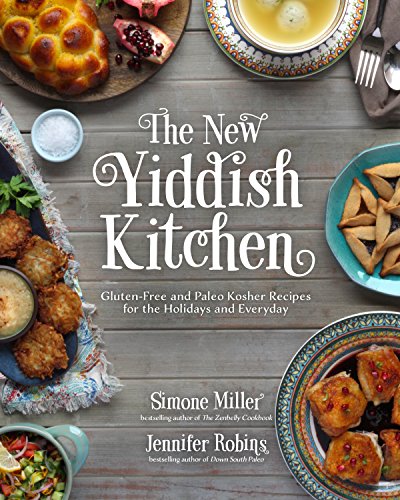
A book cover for The New Yiddish Kitchen: Gluten-Free and Paleo Kosher Recipes for the Holidays and Everyday; Jennifer Robins; Cookbooks, Food & Wine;